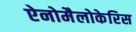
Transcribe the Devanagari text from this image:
ऐनोमैलोकेरिस